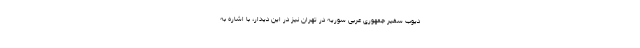
دیوب سفیر جمهوری عربی سوریه در تهران نیز در این دیدار، با اشاره به